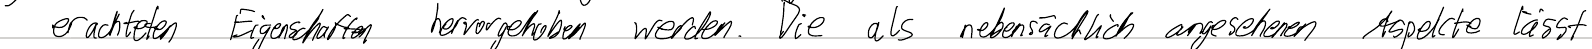
erachteten Eigenschaften hervorgehoben werden. Die als nebensächlich angesehenen Aspekte lässt